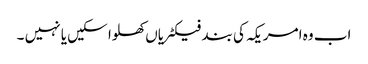
اب وہ امریکہ کی بند فیکٹریاں کھلوا سکیں یا نہیں ۔